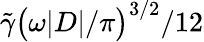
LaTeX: \tilde{\gamma}\big(\omega|D|/\pi\big)^{3/2}/12